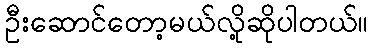
ဦးဆောင်တော့မယ်လို့ဆိုပါတယ်။